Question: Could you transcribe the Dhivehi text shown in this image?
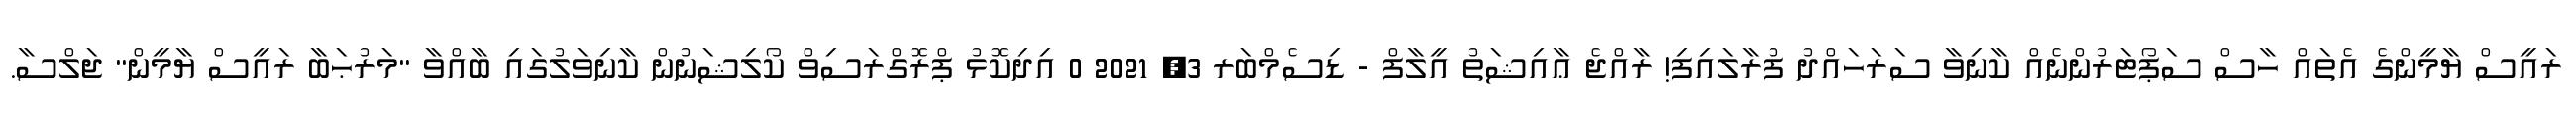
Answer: ރައީސް ޔާމީންގެ އެތައް ހާސް ސަޕޯޓަރުންނެއް ކާނިވާ ސަރަހައްދު ފުރާލައިފި! ރާއްޖެ ޢާއިޝަތު އީލާފް - ޑިސެމްބަރ 3, 2021 0 އިދިކޮޅު ޕްރޮގްރަސިވް ކޯލިޝަނުން ކާނިވަލުގައި ބާއްވާ "މަރުޙަބާ ރައީސް ޔާމީން" ޖަލްސާ.